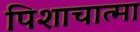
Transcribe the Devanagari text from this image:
पिशाचात्मा